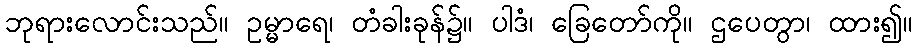
ဘုရားလောင်းသည်။ ဥမ္မာရေ၊ တံခါးခုန်၌။ ပါဒံ၊ ခြေတော်ကို။ ဌပေတွာ၊ ထား၍။